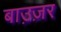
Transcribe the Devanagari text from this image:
बाउ़ज़र